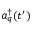
a _ { q } ^ { \dagger } ( t ^ { \prime } )